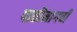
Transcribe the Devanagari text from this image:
पाठीमागची